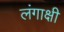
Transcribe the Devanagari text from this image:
लंगाक्षी